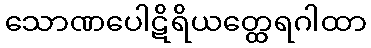
သောဏပေါဋိရိယတ္ထေရဂါထာ